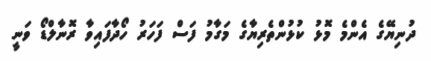
ދުނިޔޭގެ އެންމެ މޮޅު ކުޅުންތެރިޔާގެ މަގާމު ފަސް ފަހަރު ހޯދާފައިވާ ރޮނާލްޑޯ ވަނީ